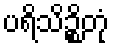
ပရိသိဉ္စိတုံ